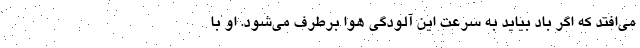
می‌افتد که اگر باد بیاید به سرعت این آلودگی هوا برطرف می‌شود. او با